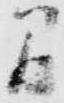
間